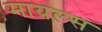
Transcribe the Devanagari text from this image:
मायल्स